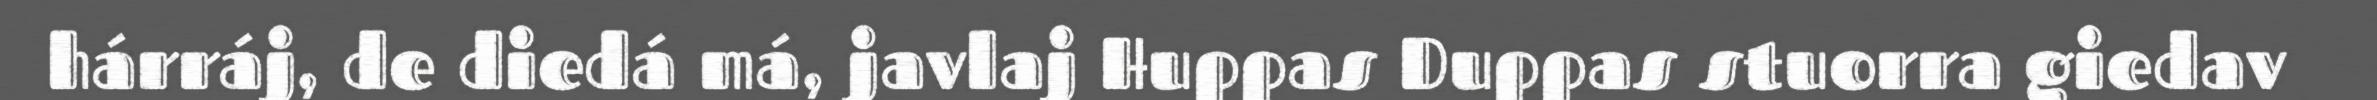
hárráj, de diedá má, javlaj Huppas Duppas stuorra giedav